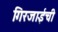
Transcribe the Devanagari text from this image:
गिरजाईची